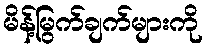
မိန့်မြွက်ချက်များကို